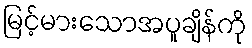
မြင့်မားသောအပူချိန်ကို